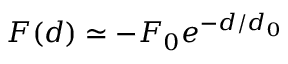
F ( d ) \simeq - F _ { 0 } e ^ { - d / d _ { 0 } }